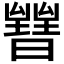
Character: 𣋧